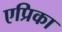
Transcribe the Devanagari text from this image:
एप्रिका